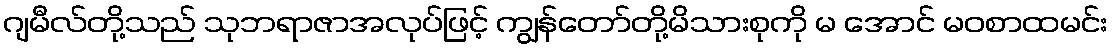
ဂျမီလ်တို့သည် သုဘရာဇာအလုပ်ဖြင့် ကျွန်တော်တို့မိသားစုကို မ အောင် မဝစာထမင်း